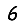
Digit: 6